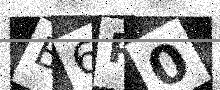
Text: B6P0